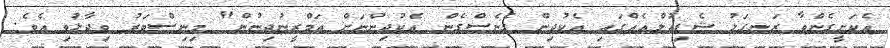
އެކަށީގެންވާ ރަނގަޅު ޝެޑިއުލްއެއްގައި އެކުދިިން ގެނެސްގެން އެކުދިންނަށް ތަމްރީނުދިނުން" މިނިސްޓަރު ވިދާޅުވި އެވެ.